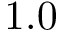
1 . 0